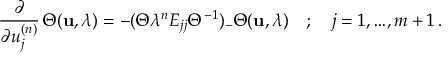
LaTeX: \frac { \partial } { \partial u _ { j } ^ { ( n ) } } \, \Theta ( { \bf u } , \lambda ) = - ( \Theta \lambda ^ { n } E _ { j j } { \Theta } ^ { - 1 } ) _ { - } \Theta ( { \bf u } , \lambda ) \quad ; \quad j = 1 , { \ldots } , m + 1 \, .